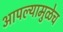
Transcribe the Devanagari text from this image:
आपल्यामुळेच